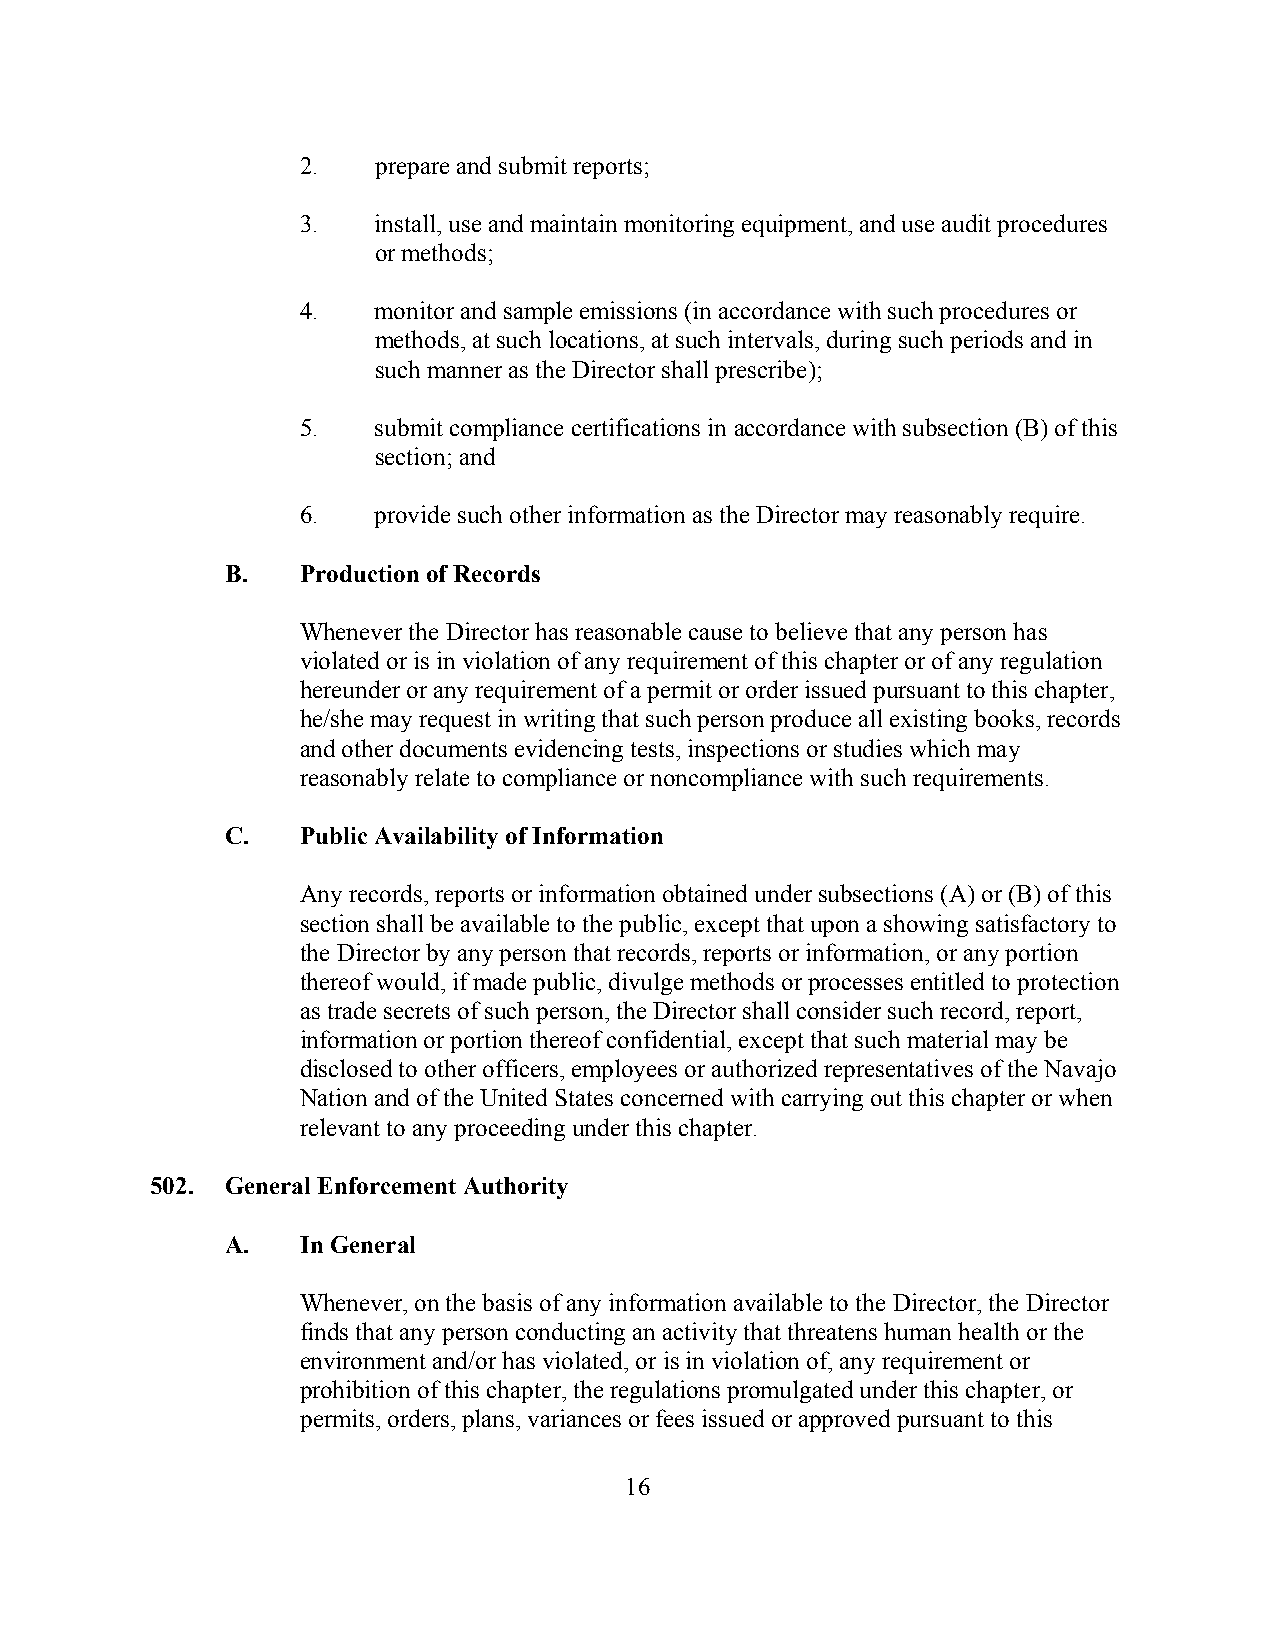
2.   prepare and submit reports;
 3.   install, use and maintain monitoring equipment, and use audit procedures
 or methods;
 4.   monitor and sample emissions (in accordance with such procedures or
 methods, at such locations, at such intervals, during such periods and in
 such manner as the Director shall prescribe);
 5.   submit compliance certifications in accordance with subsection (B) of this
 section; and
 6.   provide such other information as the Director may reasonably require.
 B.   Production of Records
 Whenever the Director has reasonable cause to believe that any person has
 violated or is in violation of any requirement of this chapter or of any regulation
 hereunder or any requirement of a permit or order issued pursuant to this chapter,
 he/she may request in writing that such person produce all existing books, records
 and other documents evidencing tests, inspections or studies which may
 reasonably relate to compliance or noncompliance with such requirements.
 C.   Public Availability of Information
 Any records, reports or information obtained under subsections (A) or (B) of this
 section shall be available to the public, except that upon a showing satisfactory to
 the Director by any person that records, reports or information, or any portion
 thereof would, if made public, divulge methods or processes entitled to protection
 as trade secrets of such person, the Director shall consider such record, report,
 information or portion thereof confidential, except that such material may be
 disclosed to other officers, employees or authorized representatives of the Navajo
 Nation and of the United States concerned with carrying out this chapter or when
 relevant to any proceeding under this chapter.
 502. General Enforcement Authority
 A.   In General
 Whenever, on the basis of any information available to the Director, the Director
 finds that any person conducting an activity that threatens human health or the
 environment and/or has violated, or is in violation of, any requirement or
 prohibition of this chapter, the regulations promulgated under this chapter, or
 permits, orders, plans, variances or fees issued or approved pursuant to this
 16